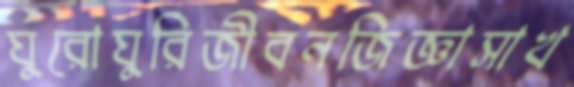
ঘুরোঘুরিজীবনজিজ্ঞাসাখ